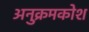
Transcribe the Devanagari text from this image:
अनुक्रमकोश